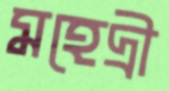
মহেদ্রী